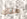
هناك